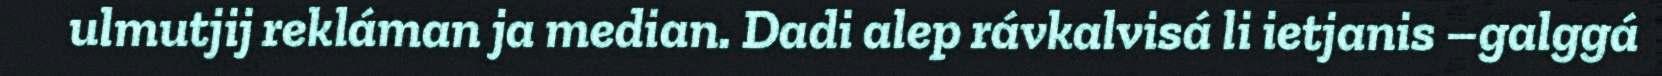
ulmutjij rekláman ja median. Dadi alep rávkalvisá li ietjanis –galggá